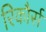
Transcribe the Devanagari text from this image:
रिकौर्स